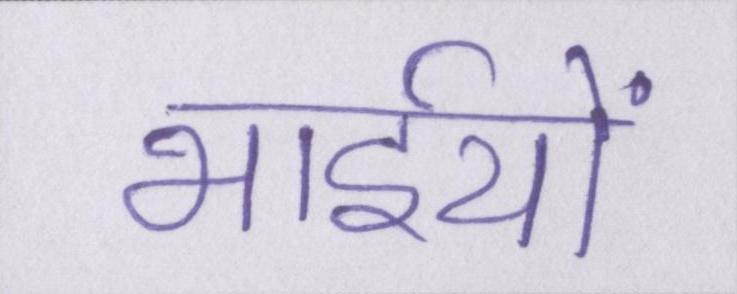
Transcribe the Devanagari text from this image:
भाईयों